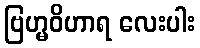
ဗြဟ္မဝိဟာရ လေးပါး